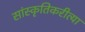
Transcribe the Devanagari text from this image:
सांस्कृतिकरीत्या